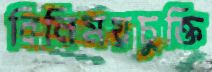
বিনিময়চুক্তি